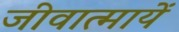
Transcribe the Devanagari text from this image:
जीवात्मायें